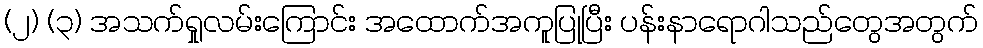
(၂) (၃) အသက်ရှုလမ်းကြောင်း အထောက်အကူပြုပြီး ပန်းနာရောဂါသည်တွေအတွက်